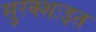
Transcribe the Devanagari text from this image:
सुरक्शःइत